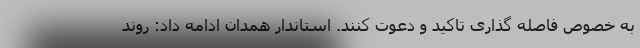
به خصوص فاصله گذاری تاکید و دعوت کنند. استاندار همدان ادامه داد: روند